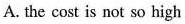
A. tha cost is not so high